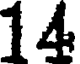
14